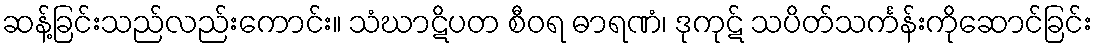
ဆန့်ခြင်းသည်လည်းကောင်း။ သံဃာဋိပတ စီဝရ ဓာရဏံ၊ ဒုကုဋ် သပိတ်သင်္ကန်းကိုဆောင်ခြင်း